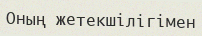
Оның жетекшілігімен